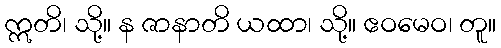
ဣတိ၊ သို့။ န ဇာနာတိ ယထာ၊ သို့။ ဧဝမေဝ၊ တူ။